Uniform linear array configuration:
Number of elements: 16
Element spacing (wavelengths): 0.75
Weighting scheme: blackman
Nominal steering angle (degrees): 15
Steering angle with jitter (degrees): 14.58
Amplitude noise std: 0.05
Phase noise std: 0.05

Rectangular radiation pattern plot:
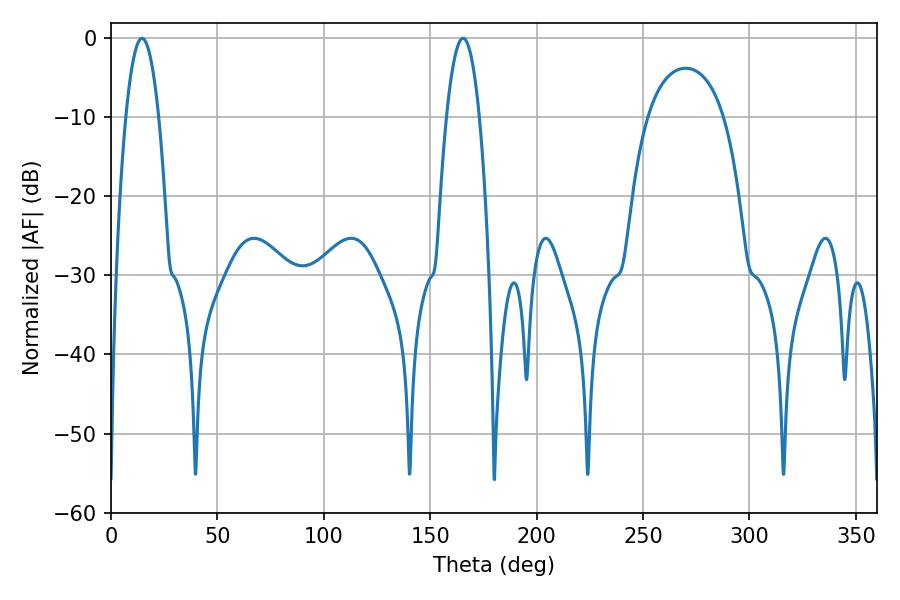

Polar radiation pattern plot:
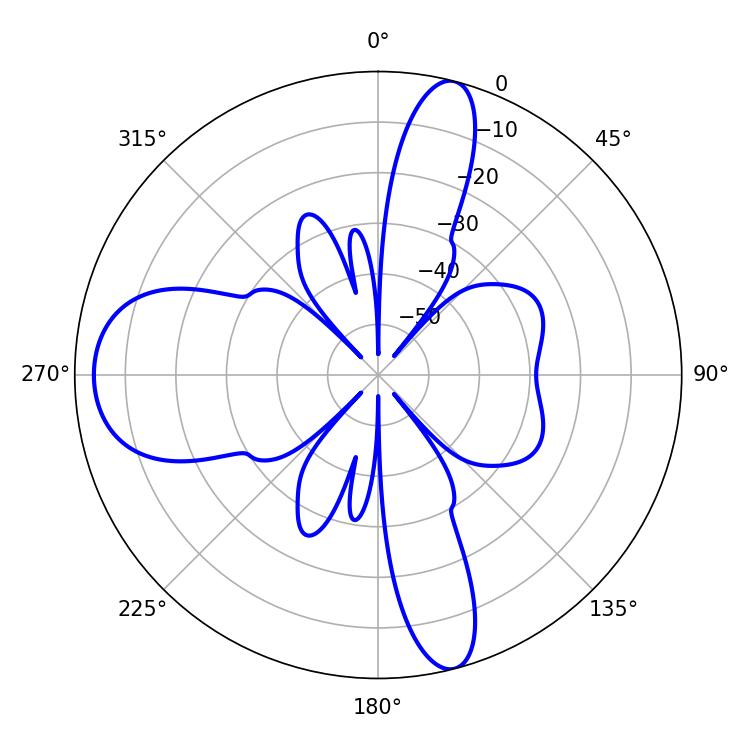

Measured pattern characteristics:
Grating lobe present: TRUE
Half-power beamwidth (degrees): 8.64
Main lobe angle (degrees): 14.58